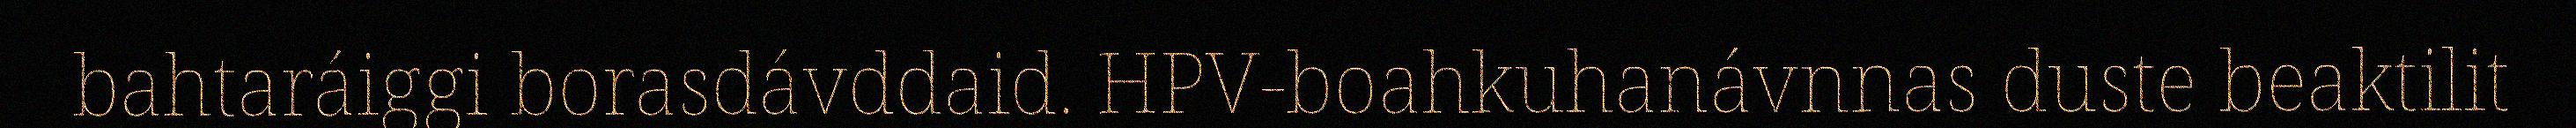
bahtaráiggi borasdávddaid. HPV-boahkuhanávnnas duste beaktilit